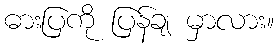
ဓားပြကို ပြန်ချ မှာလား။